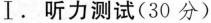
Ⅰ. 听力测试(30 分)